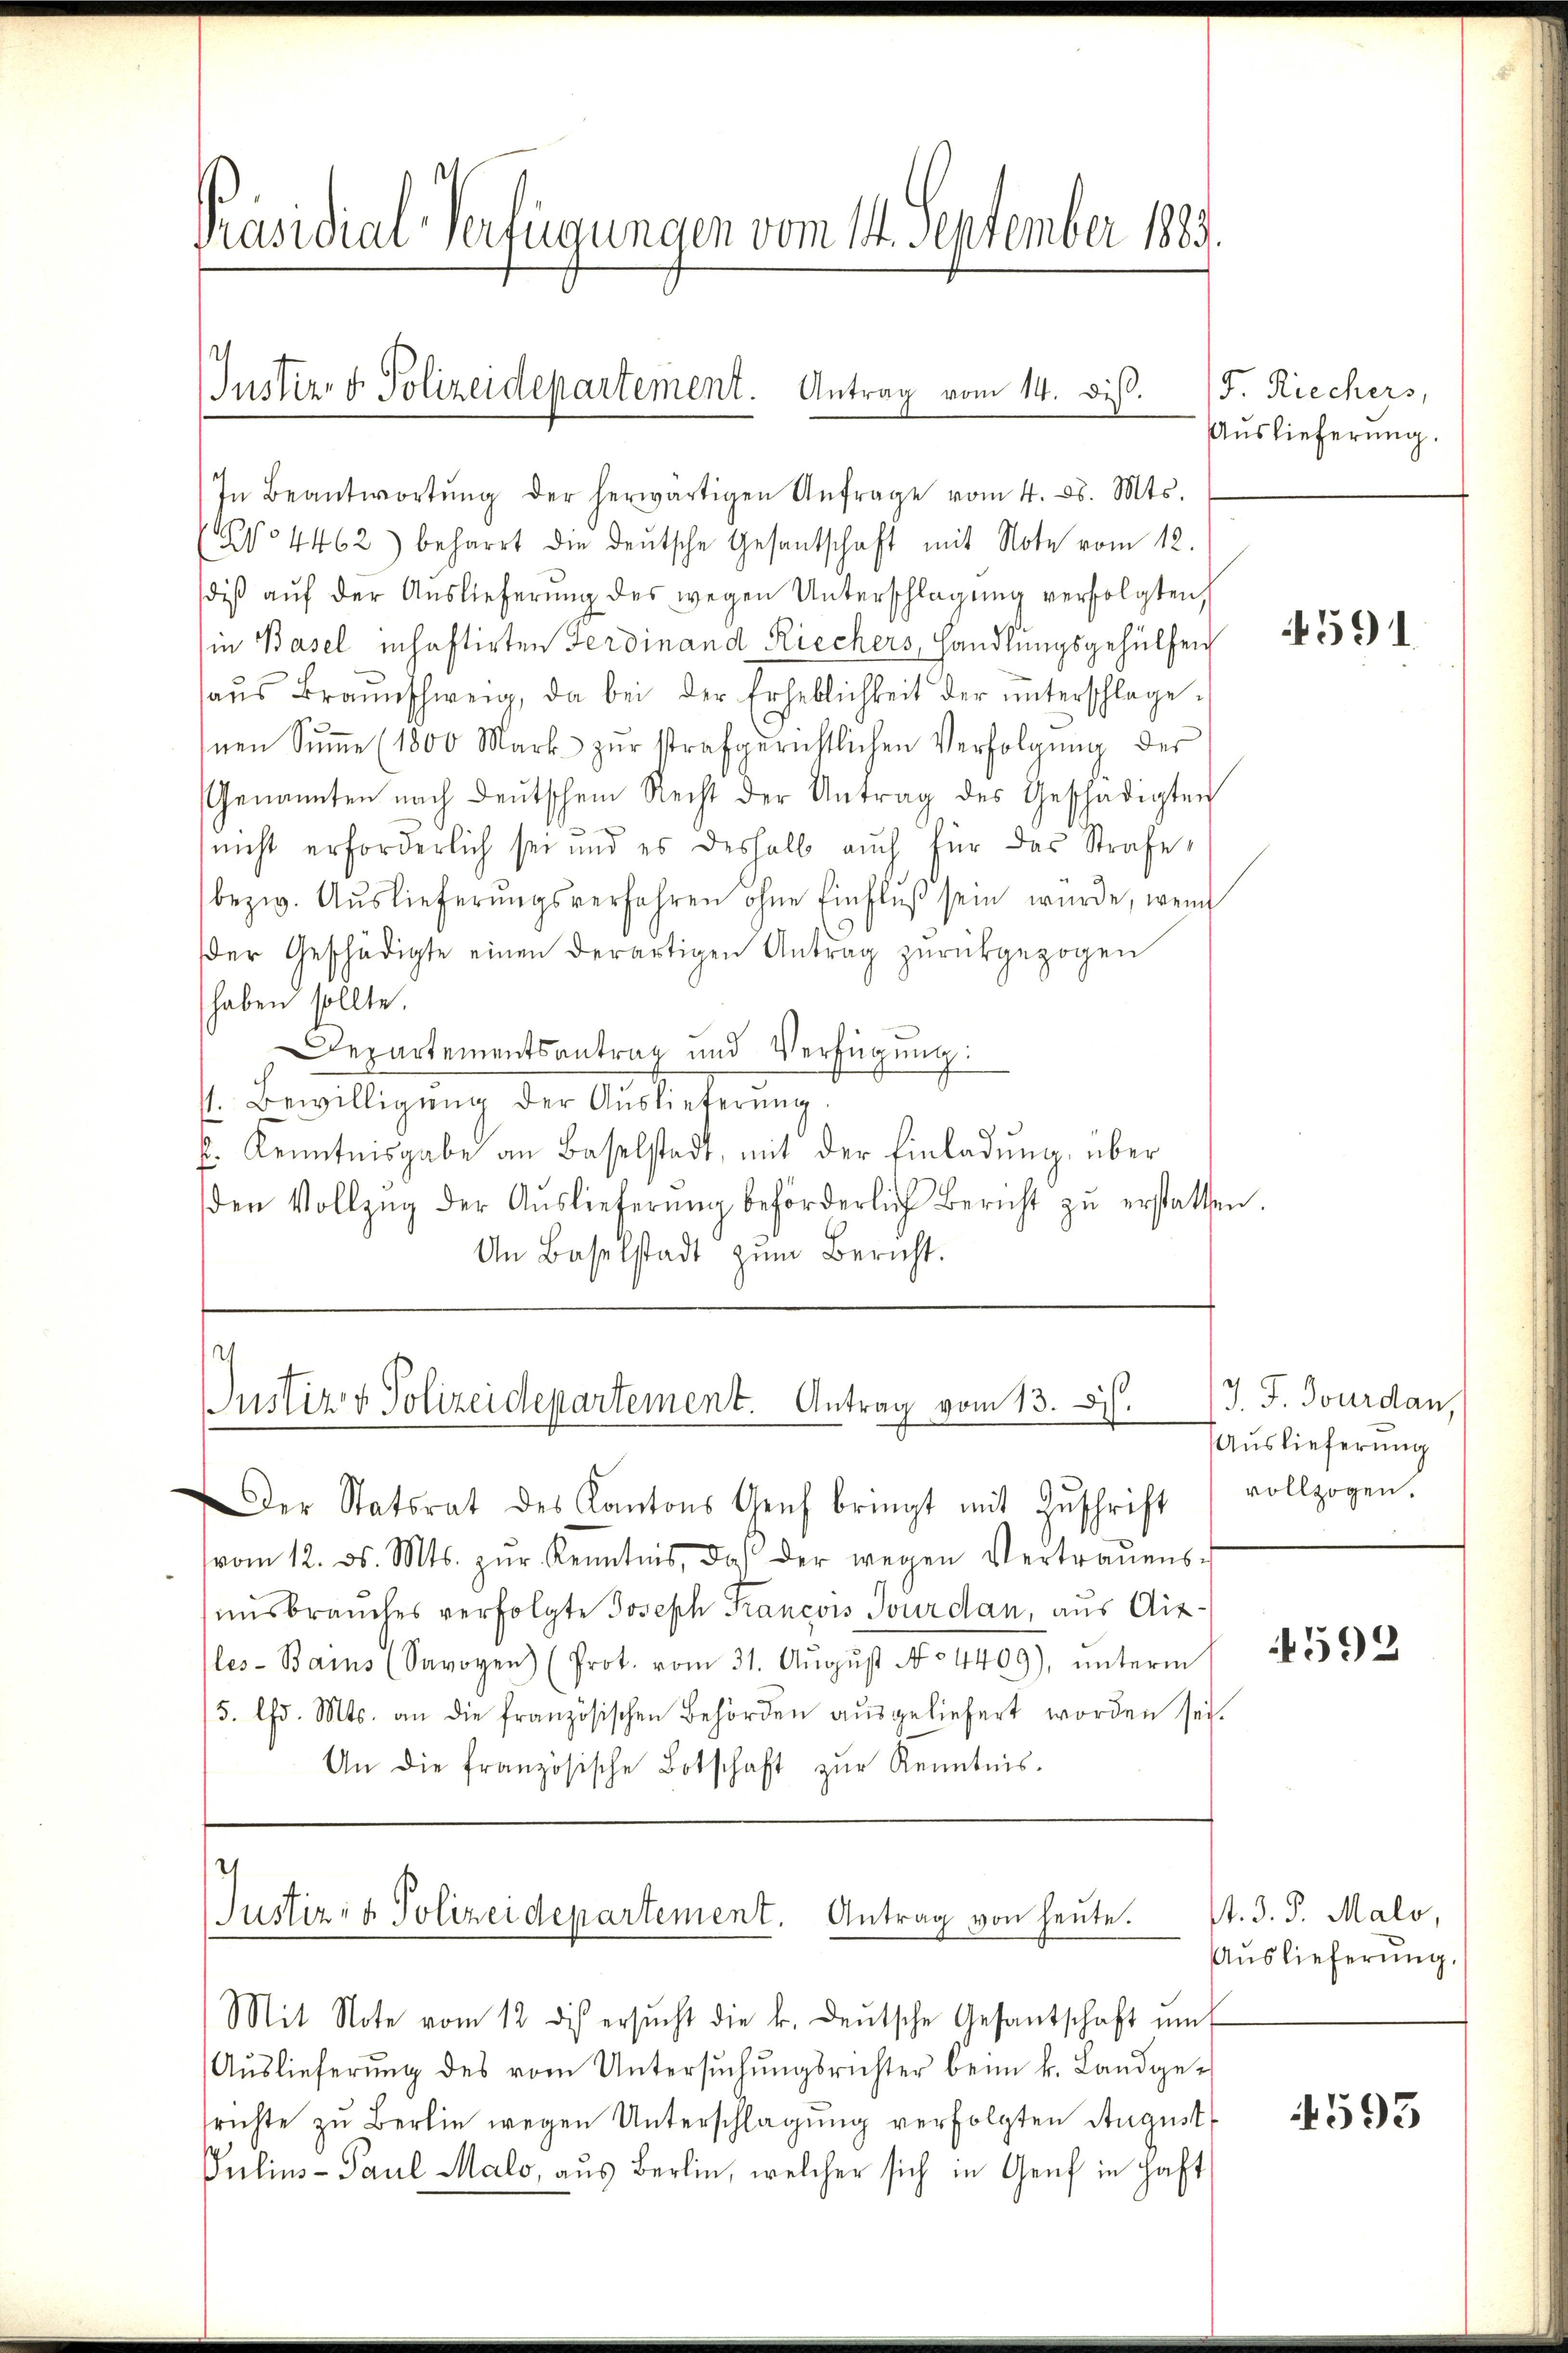
Präsidial-Verfügungen vom 14. September 1883.

Iustiz- & Polizeidepartement. Antrag vom 14. diß.

In Beantwortŭng der herwärtigen Anfrage vom 4. d. Mts.
No 4462) beharrt die deŭtsche Gesantschaft mit Note vom 12.
diβ aŭf der Auslieferŭng des wegen Unterschlagung verfolgten,
in Basel inhaftirten Ferdinand Riechers, Handlungsgehülfen
haŭs Braunschweig, da bei der Erheblichkeit der ŭnterschlage-
inen Sŭṁe (1800 Mark. zŭr strafgerichtlichen Verfolgŭng der
Genannten nach deŭtschem Recht der Antrag des Geschädigten
nicht erforderlich sei und es deshalb aŭch für das Strafe
bezw. Aŭslieferŭngsverfahren ohne Einflŭβ sein würde, wenn
der Geschädigte einen derartigen Antrag zurückgezogen
haben sollte.
Departementsantrag und Verfügung:
s. Bewilligung der Auslieferung
b. Kenntnisgabe an Baselstadt, mit der Einladŭng über
den Vollzŭg der Aŭslieferŭng beförderlich Bericht zŭ erstatten.
An Baselstadt zŭm Bericht.

s
Justiz & Polizeidepartement. Antrag vom 13. 8.

Der Statsrat des Kantons Genf bringt mit Zŭschrift vollzogen.
vom 12. ds. Mts. zŭr Kenntnis, das der wegen Vertraŭens-
ausbrauches verfolgte Joseph Francois Jourdan, aus Aizles-Bains (Savoyen (Prot. vom 31. Aŭgŭst No 4409), ŭnterm
5. Chd. Mts. an die französischen Behörden aŭsgeliefert worden sei.
An die französische Botschaft zŭr Kenntnis-
Justiz- & Polizeidepartement. Antrag von heute.
Mit Note vom 12 des ersŭcht die k. deŭtsche Gesantschaft mit
Aŭslieferŭng des vom Untersŭchŭngsrichter beim k. Landge-
srichte zu Berlin wegen Unterschlagung verfolgten August
Julius - Paul Malo, aus Berlin, welcher sich in Genf in haft

F. Riechers,
Auslieferung.

591

J. J. Jourdan,
Auslieferung

4592

st. D. P. Malo,
Aŭslieferŭng.

4593